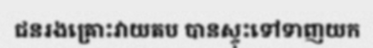
ជនរងគ្រោះវាយតប បានស្ទុះទៅទាញយក